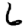
Digit: 6